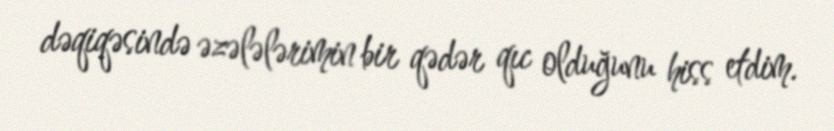
dəqiqəsində əzələlərimin bir qədər qıc olduğunu hiss etdim.